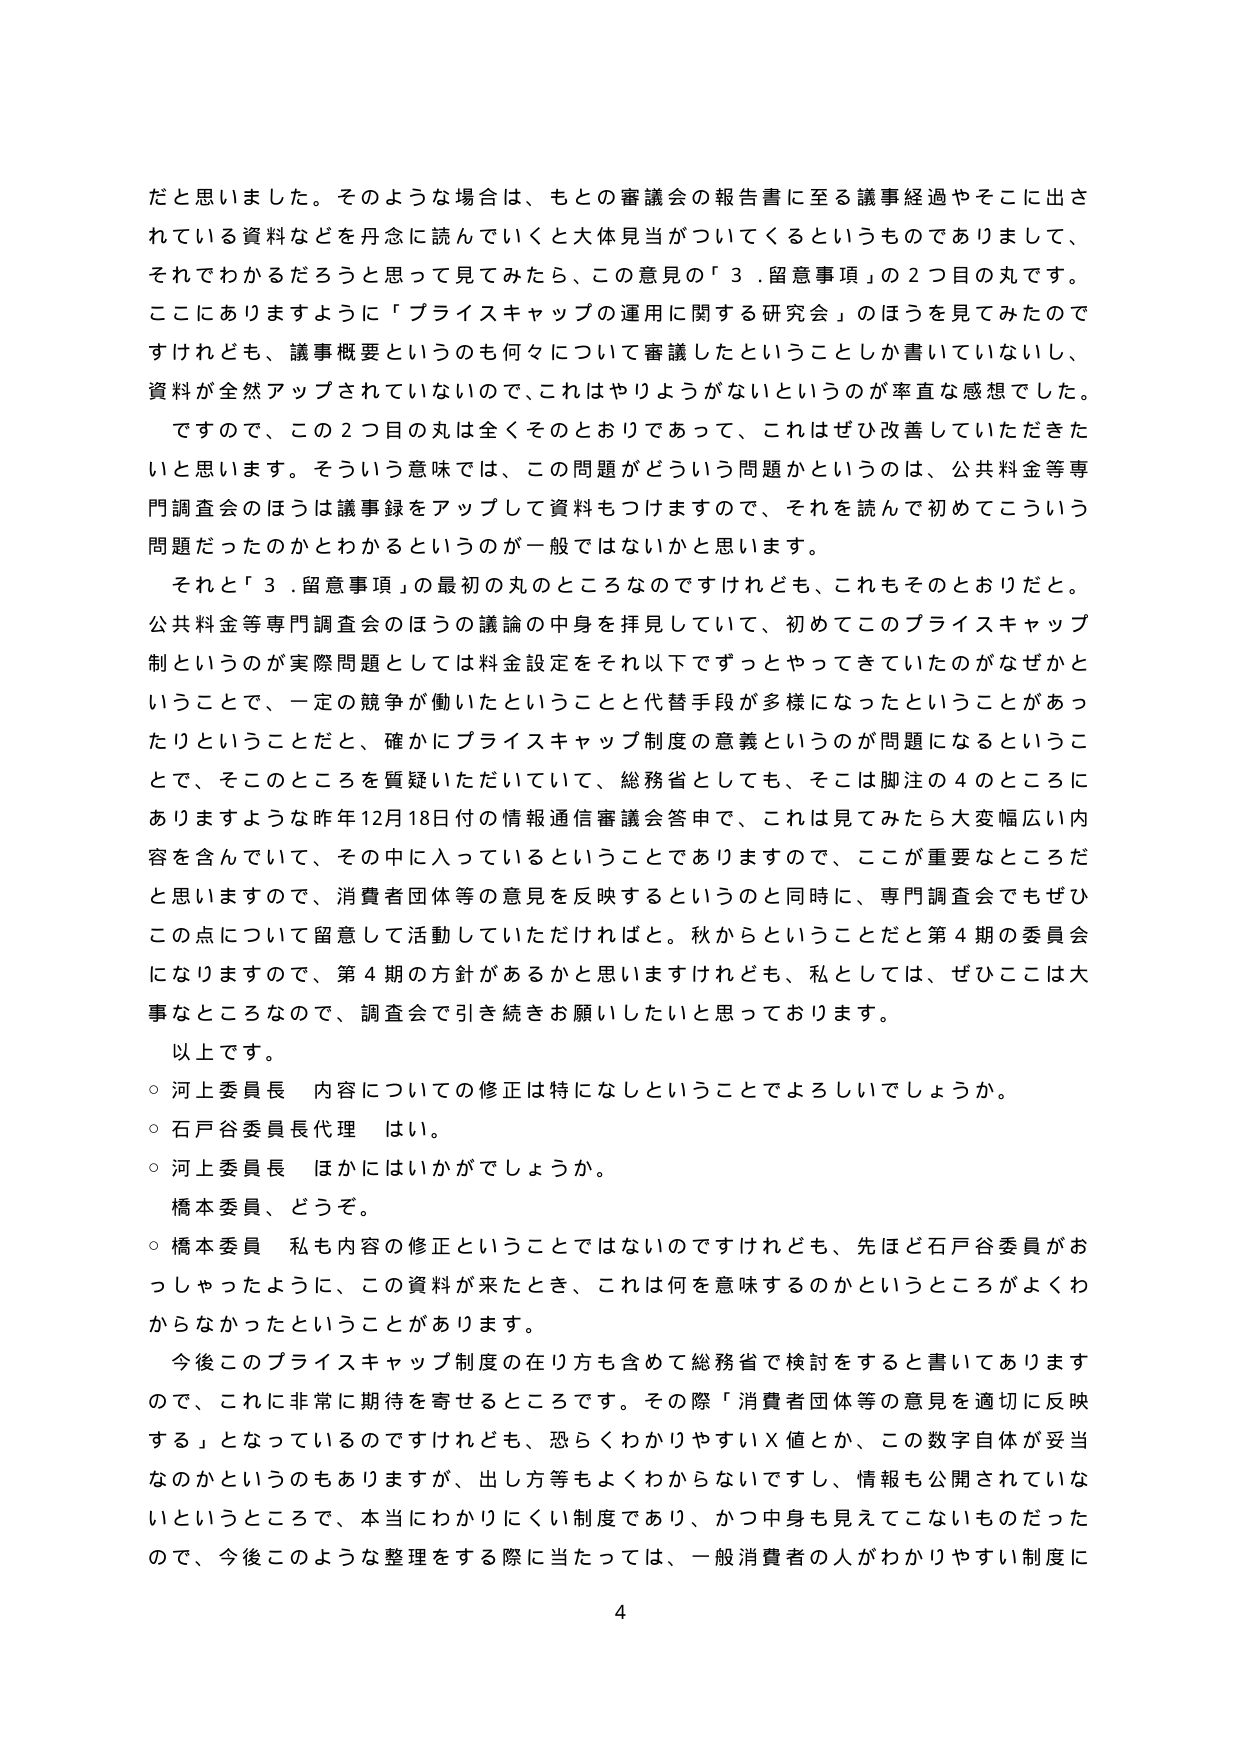
だと思いました。そのような場合は、もとの審議会の報告書に至る議事経過やそこに出されている資料などを丹念に読んでいくと大体見当がついてくるというものでありまして、それでわかるだろうと思って見てみたら、この意見の「３．留意事項」の２つ目の丸です。ここにありますように「プライスキャップの運用に関する研究会」のほうを見てみたのですけれども、議事概要というのも何々について審議したということしか書いていないし、資料が全然アップされていないので、これはやりようがないというのが率直な感想でした。ですので、この２つ目の丸は全くそのとおりであって、これはぜひ改善していただきたいと思います。そういう意味では、この問題がどういう問題かというのは、公共料金等専門調査会のほうは議事録をアップして資料もつけますので、それを読んで初めてこういう問題だったのかとわかるというのが一般ではないかと思います。

それと「３．留意事項」の最初の丸のところなのですけれども、これもそのとおりだと。公共料金等専門調査会のほうの議論の中身を拝見していて、初めてこのプライスキャップ制というのが実際問題としては料金設定をそれ以下ですずっとやってきていたのがなぜかということで、一定の競争が働いたということと代替手段が多様になったということがあったりということだと、確かにプライスキャップ制度の意義というのが問題になるということで、そのところを質疑いただいていて、総務省としても、そこは脚注の４のところにありますような昨年12月18日付の情報通信審議会答申で、これは見てみたら大変幅広い内容を含んでいて、その中に入っているということでありますので、ここが重要なところだと思いますので、消費者団体等の意見を反映するというのと同時に、専門調査会でもぜひこの点について留意して活動していただければと。秋からということだと第４期の委員会になりますので、第４期の方針があるかと思いますけれども、私としては、ぜひここは大事なところなので、調査会で引き続きお願いしたいと思っております。

以上です。

○ 河上委員長 内容についての修正は特になしということでよろしいでしょうか。

○ 石戸谷委員長代理 はい。

○ 河上委員長 ほかにはいかがでしょうか。

橋本委員、どうぞ。

○ 橋本委員 私も内容の修正ということではないのですけれども、先ほど石戸谷委員がおっしゃったように、この資料が来たとき、これは何を意味するのかというところがよくわからなかったということがあります。

今後このプライスキャップ制度の在り方も含めて総務省で検討をすると書いてありますので、これに非常に期待を寄せるところです。その際「消費者団体等の意見を適切に反映する」となっているのですけれども、恐らくわかりやすいＸ値とか、この数字自体が妥当なのかというのもありますが、出し方等もよくわからないですし、情報も公開されていないというところで、本当にわかりにくい制度であり、かつ中身も見えてこないものだったので、今後このような整理をする際に当たっては、一般消費者の人がわかりやすい制度に

4